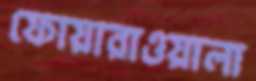
ফোয়ারাওয়ালা